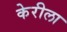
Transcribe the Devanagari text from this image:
केरीला